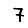
Digit: 7